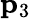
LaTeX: {\mathbf p}_{3}